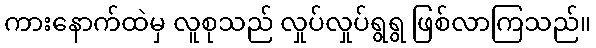
ကားနောက်ထဲမှ လူစုသည် လှုပ်လှုပ်ရွရွ ဖြစ်လာကြသည်။